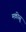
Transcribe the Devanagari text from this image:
मकीसू